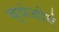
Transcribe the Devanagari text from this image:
व्यंजोएं